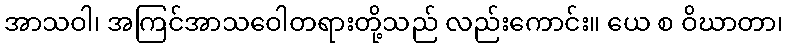
အာသဝါ၊ အကြင်အာသဝေါတရားတို့သည် လည်းကောင်း။ ယေ စ ဝိဃာတာ၊